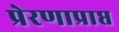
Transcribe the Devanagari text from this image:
प्रेरणाप्राप्त